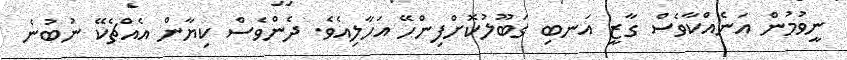
ނީވުމުން އަނެއްކާވެސް ގާޒީ އަނބި ގަބޫލުކޮށްފިންހޭ އަހާލިއެވެ. ދެންވެސް ކިޔާން އެއްޗެކޭ ނުބުނެ